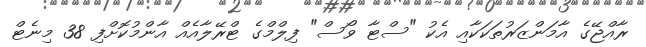
ރާއްޖޭގެ އާމަންޒަރުތަކަކާއި އެކު "ސްޓާ ވޯސް" ފިލްމްގެ ޓްރޭލާއެއް އާންމުކޮށްފި 38 މިނެޓް